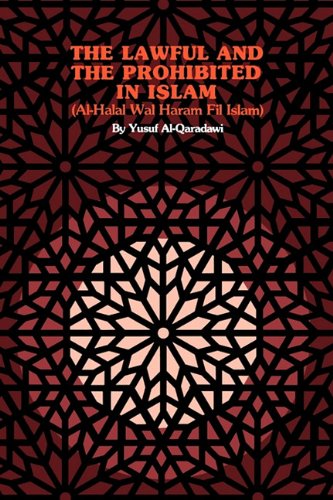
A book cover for The Lawful and the Prohibited in Islam (Al-Halal Wal Haram Fil Islam); Yusuf Al-Qaradawi; Religion & Spirituality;